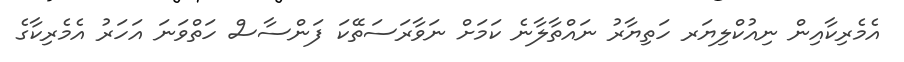
އެމެރިކާއިން ނިއުކްލިޔަރ ހަތިޔާރު ނައްތާލާނެ ކަމަށް ނަވާރަސަތޭކަ ފަންސާސް ހަތްވަނަ އަހަރު އެމެރިކާގެ